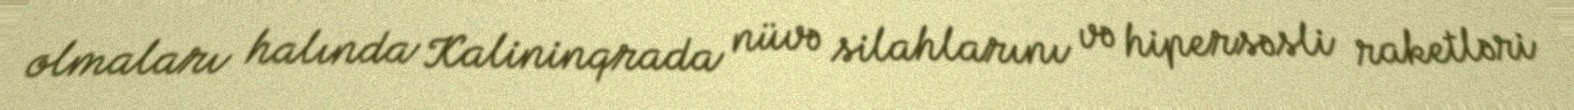
olmaları halında Kalininqrada nüvə silahlarını və hipersəsli raketləri